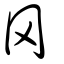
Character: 罔